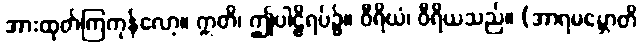
အားထုတ်ကြကုန်လော့။ ဣတိ၊ ဤပါဠိရပ်၌။ ဝီရိယံ၊ ဝီရိယသည်။ (အာရမမ္ဘောတိ